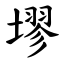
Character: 𪤗